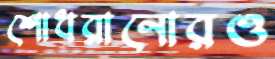
শোধরানোরও